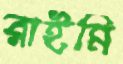
রাইমি